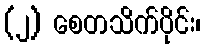
(၂) စေတသိက်ပိုင်း၊